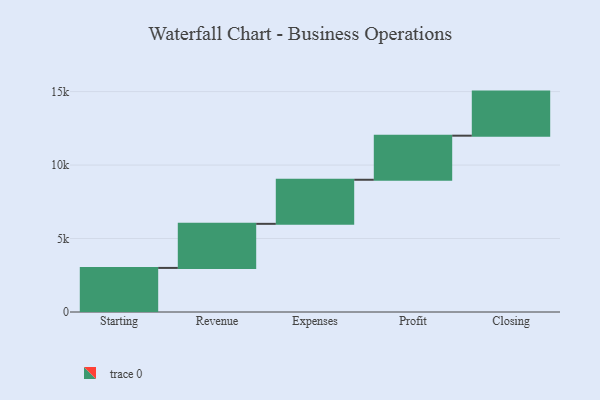
{"axis": {"x": "Step", "y": "Value"}, "legend": [""], "data": [{"x": "Starting", "y": 3000, "type": ""}, {"x": "Revenue", "y": 3000, "type": ""}, {"x": "Expenses", "y": 3000, "type": ""}, {"x": "Profit", "y": 3000, "type": ""}, {"x": "Closing", "y": 3000, "type": ""}]}